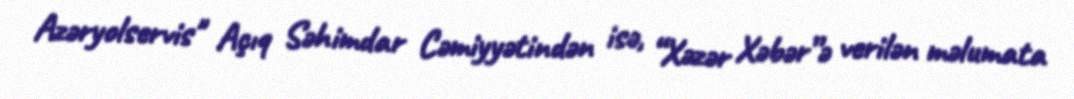
Azəryolservis" Açıq Səhimdar Cəmiyyətindən isə, “Xəzər Xəbər”ə verilən məlumata